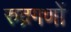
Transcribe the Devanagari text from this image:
रुद्रगणों